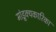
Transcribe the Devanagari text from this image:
मांडूक्यकारिका